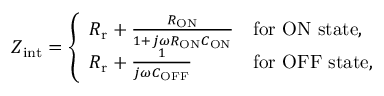
Z _ { \mathrm { i n t } } = \left\{ \begin{array} { l l } { R _ { \mathrm { r } } + \frac { R _ { \mathrm { O N } } } { 1 + j \omega R _ { \mathrm { O N } } C _ { \mathrm { O N } } } } & { \mathrm { f o r ~ O N ~ s t a t e , } } \\ { R _ { \mathrm { r } } + \frac { 1 } { j \omega C _ { \mathrm { O F F } } } } & { \mathrm { f o r ~ O F F ~ s t a t e , } } \end{array} \right.